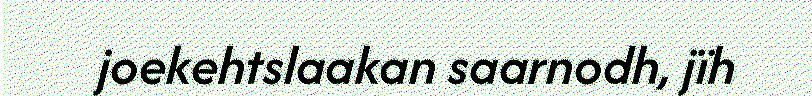
joekehtslaakan saarnodh, jïh